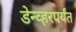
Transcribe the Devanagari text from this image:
डेन्व्हरपर्यंत